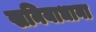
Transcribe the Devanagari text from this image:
खनियाधाना